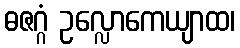
ဓဇဂ္ဂံ ဥလ္လောကေယျာထ၊